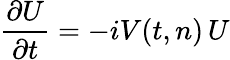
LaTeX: {\frac{\partial U}{\partial t}}=-iV(t,n)\, U